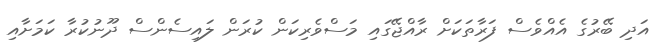
އަދި ބޭރުގެ އެއްވެސް ފަރާތަކަށް ރާއްޖޭގައި މަސްވެެރިކަން ކުރަން ލައިސެންސް ދޫނުކުރާ ކަމަށާއި